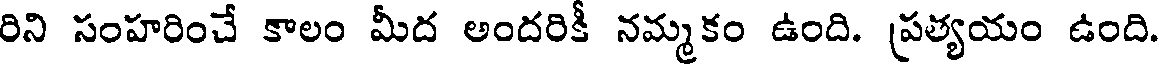
రిని సంహరించే కాలం మీద అందరికీ నమ్మకం ఉంది. ప్రత్యయం ఉంది.